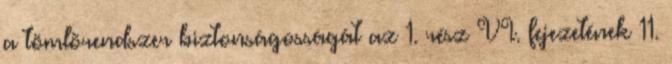
a tömlõrendszer biztonságosságát az 1. rész VI. fejezetének 11.